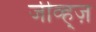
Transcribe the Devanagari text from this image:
जीव्ह्ज़